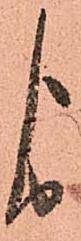
よ